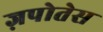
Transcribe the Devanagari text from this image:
ज़पोतेस